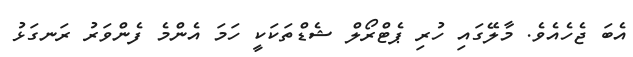
އެބަ ޖެހެއެވެ. މާލޭގައި ހުރި ޕެޓްރޯލް ޝެޑްތަކަކީ ހަމަ އެންމެ ފެންވަރު ރަނގަޅު